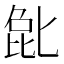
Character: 𫧉